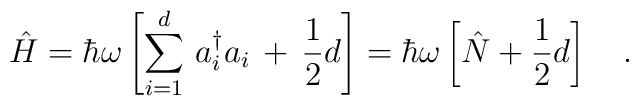
\hat{H}=\hbar\omega\left[\sum_{i=1}^d\,a_i^\dagger a_i\,+\,\frac{1}{2}d\right]=\hbar\omega\left[\hat{N}+\frac{1}{2}d\right]\ \ \ .